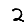
Digit: 2